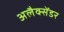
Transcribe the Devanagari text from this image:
अलैक्सेंडर